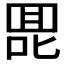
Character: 𰈅